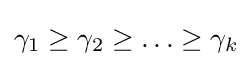
\gamma _{1}\geq \gamma _{2}\geq \ldots \geq \gamma _{k}